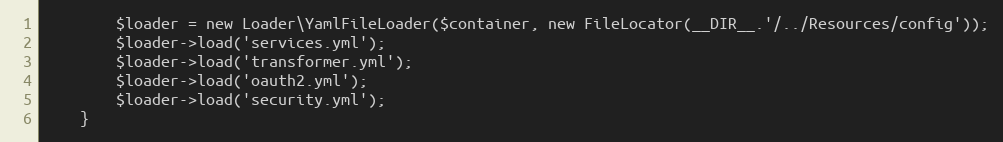
Language: PHP
        $loader = new Loader\YamlFileLoader($container, new FileLocator(__DIR__.'/../Resources/config'));
        $loader->load('services.yml');
        $loader->load('transformer.yml');
        $loader->load('oauth2.yml');
        $loader->load('security.yml');
    }